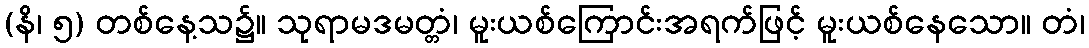
(နိ၊ ၅) တစ်နေ့သ၌။ သုရာမဒမတ္တံ၊ မူးယစ်ကြောင်းအရက်ဖြင့် မူးယစ်နေသော။ တံ၊